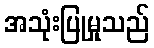
အသုံးပြုမှုသည်